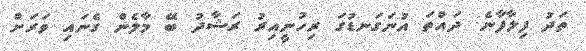
ތަދު ފިލާފާނެ. ދައްތަ އުނަގަނޑުގަ ރިހުނީއިރު ރަޝާދު ބޭ މާލެން ގެނައި ވަރަށް